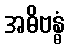
အဓိဗန္ဓံ